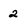
Character: 2